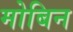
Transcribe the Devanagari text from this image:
मोबिन